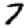
Digit: 7